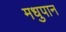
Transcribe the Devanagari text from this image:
मधुपान